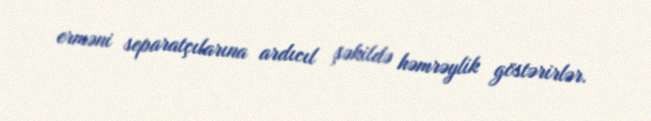
erməni separatçılarına ardıcıl şəkildə həmrəylik göstərirlər.